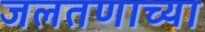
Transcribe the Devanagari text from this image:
जलतणाच्या